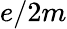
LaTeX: e/2m